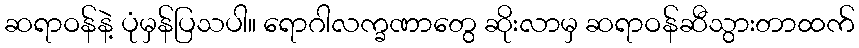
ဆရာဝန်နဲ့ ပုံမှန်ပြသပါ။ ရောဂါလက္ခဏာတွေ ဆိုးလာမှ ဆရာဝန်ဆီသွားတာထက်